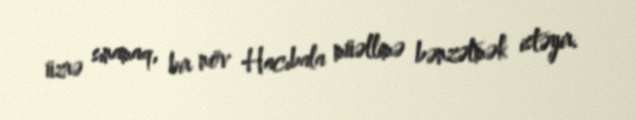
üzrə sınamaq, bir növ Hacıbala müəllimə bənzətmək istəyir.